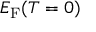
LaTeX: E _ { \mathrm { { F } } } ( T = 0 )